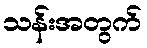
သန်းအတွက်